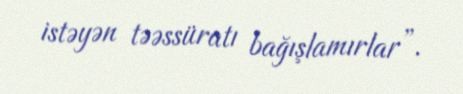
istəyən təəssüratı bağışlamırlar”.